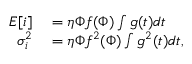
\begin{array} { r l } { E [ i ] } & { { } = \eta \Phi f ( \Phi ) \int g ( t ) d t } \\ { \sigma _ { i } ^ { 2 } } & { { } = \eta \Phi f ^ { 2 } ( \Phi ) \int g ^ { 2 } ( t ) d t , } \end{array}